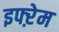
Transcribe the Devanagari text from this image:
इफ्ऱेम